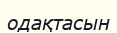
одақтасын